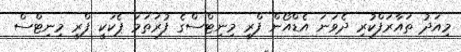
މިއަދު ތައާރަފްކުރި ދެވަނަ އެޑްއޯން ފްރީ މިނިޓްސްގެ ފުރަތަމަ ޕެކަކީ ފްރީ މިނިޓްސް